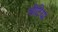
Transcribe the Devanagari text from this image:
चीटियो